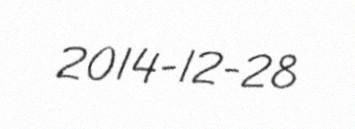
2014-12-28